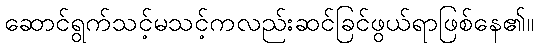
ဆောင်ရွက်သင့်မသင့်ကလည်းဆင်ခြင်ဖွယ်ရာဖြစ်နေ၏။